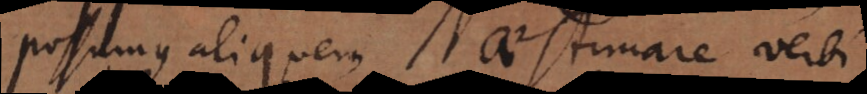
possumus aliquem aestimare verbi